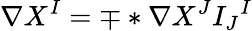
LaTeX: \nabla X^{I}=\mp*\nabla X^{J}I_{J}{}^{I}